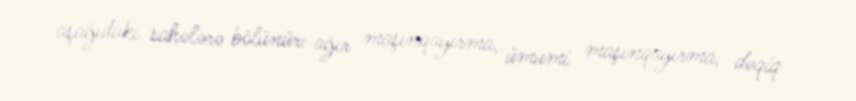
aşağıdakı sahələrə bölünür: ağır maşınqayırma, ümumi maşınqayırma, dəqiq